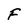
Character: F